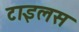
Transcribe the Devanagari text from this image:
टाइलस